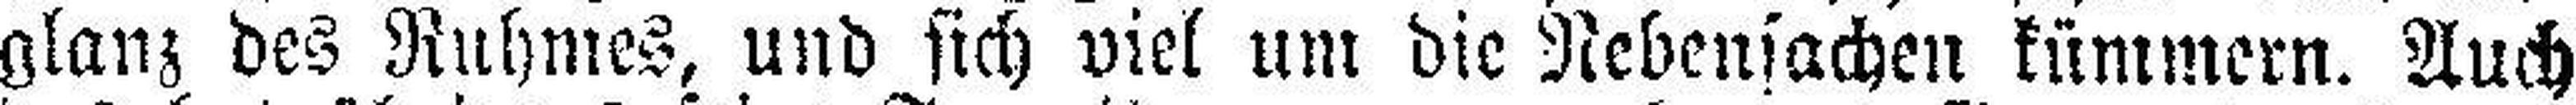
glanz des Ruhmes, und sich viel um die Nebensachen kümmern. Auch